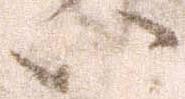
い